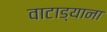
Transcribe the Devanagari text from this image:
वाटाड्याना